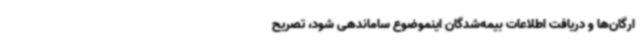
ارگان‌ها و دریافت اطلاعات بیمه‌شدگان اینموضوع ساماندهی شود، تصریح